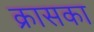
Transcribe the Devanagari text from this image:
क्रासका